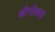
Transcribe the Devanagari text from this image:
बीनोक्स